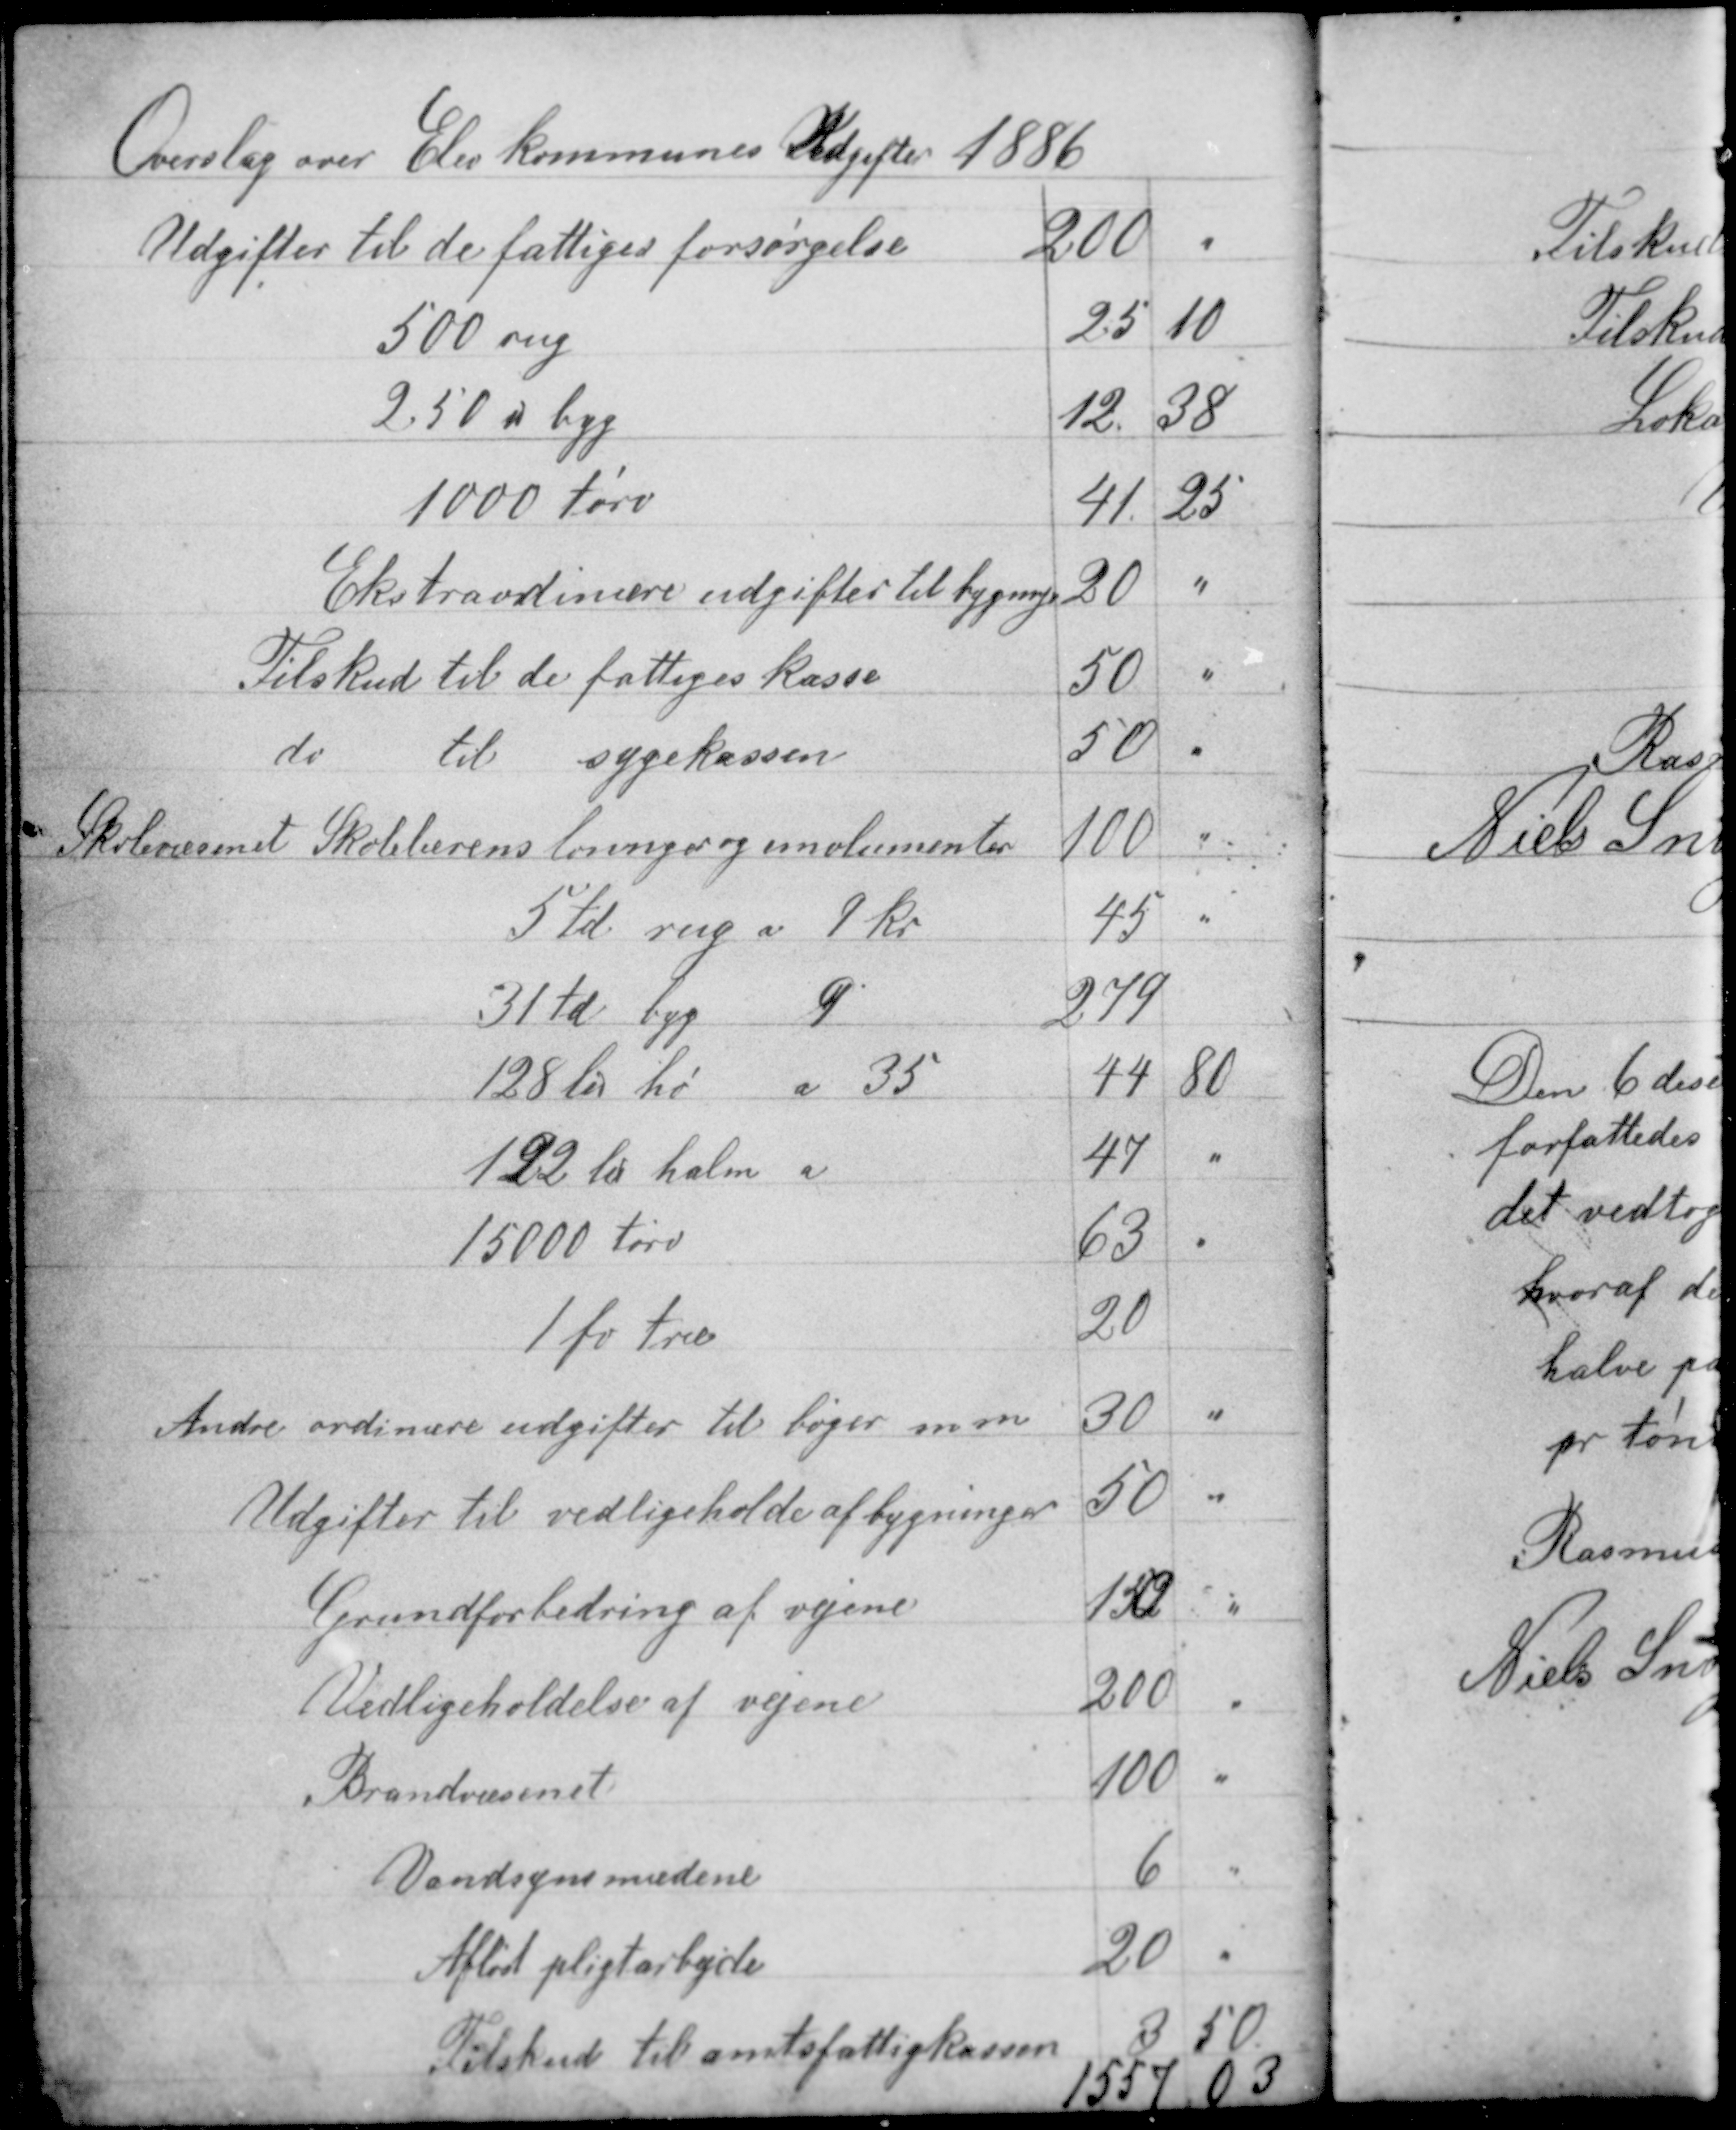
Transskription:
Overslag over Elev kommunes Udgifter 1886